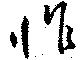
怍